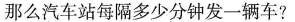
那么汽车站每隔多少分钟发一辆车?